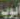
أيوب